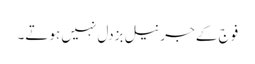
فوج کے جرنیل بزدل نہیں ہوتے۔